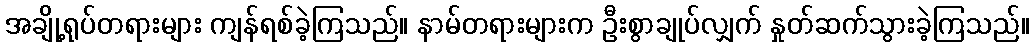
အချို့ရုပ်တရားများ ကျန်ရစ်ခဲ့ကြသည်။ နာမ်တရားများက ဦးစွာချုပ်လျှက် နှုတ်ဆက်သွားခဲ့ကြသည်။